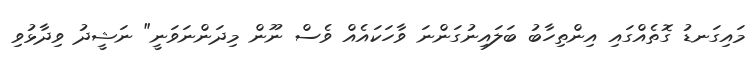
މައިގަނޑު ގޮތެއްގައި އިންތިހާބު ބަލައިނުގަންނަ ވާހަކައެއް ވެސް ނޫން މިދަންނަވަނީ" ނަޝީދު ވިދާޅުވި